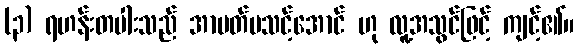
(၃) ရဟန်းတပါးသည် အာပတ်မသင့်အောင် ဟု လူ့အသွင်ဖြင့် ကျင့်၏။